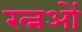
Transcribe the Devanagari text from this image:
रत्नओं